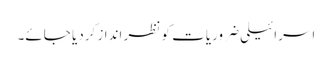
اسرائیلی ضروریات کو نظر انداز کردیا جائے۔